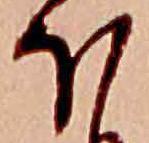
ほ